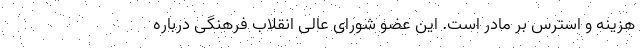
هزینه و استرس بر مادر است. این عضو شورای عالی انقلاب فرهنگی درباره